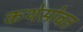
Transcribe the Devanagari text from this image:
कथेसोबत